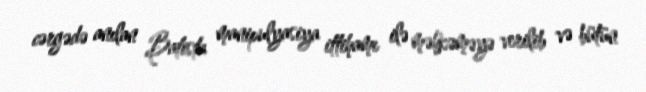
cərgədə anılan Batista manipulyasiya ittihamı ilə məhkəməyə verilib və bütün